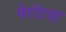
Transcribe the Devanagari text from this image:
पेरॉटचा